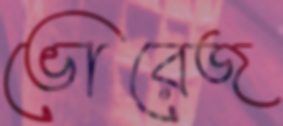
ভোরেজ